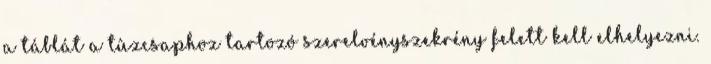
a táblát a tûzcsaphoz tartozó szerelvényszekrény felett kell elhelyezni.